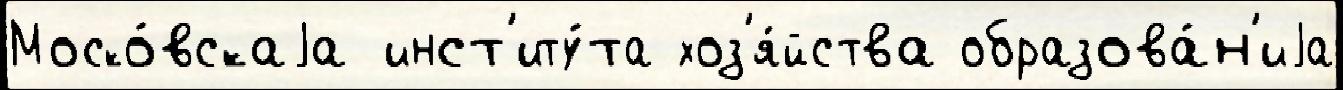
Моско́вскаjа инст'иту́та хоз'я́йства образова́н'иjа